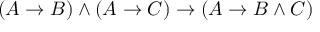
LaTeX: ( A \to B ) \land ( A \to C ) \to ( A \to B \land C )